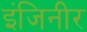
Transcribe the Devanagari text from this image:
इंजिनीर